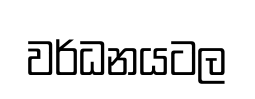
වර්ධනයටල